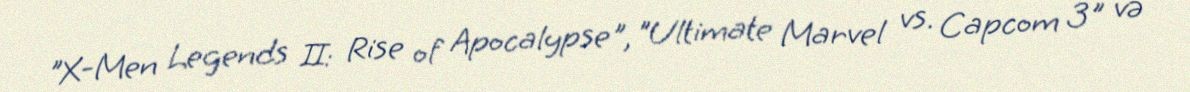
"X-Men Legends II: Rise of Apocalypse", "Ultimate Marvel vs. Capcom 3" və